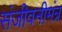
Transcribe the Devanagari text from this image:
संजीवनीमंत्र